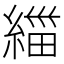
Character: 𱹼